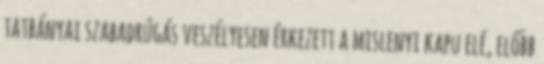
tatbányai szabadrúgás veszélyesen érkezett a mislenyi kapu elé, előbb